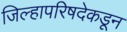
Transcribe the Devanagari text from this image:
जिल्हापरिषदेकडून